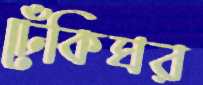
ঢেঁকিঘর